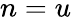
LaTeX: n=u